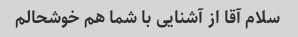
سلام آقا از آشنایی با شما هم خوشحالم